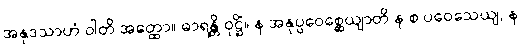
အနုဒသာဟံ ဝါတိ အတ္ထော။ ဓာရန္တိ ဝုဋ္ဌိံ။ န အနုပ္ပဝေစ္ဆေယျာတိ န စ ပဝေသေယျ, န